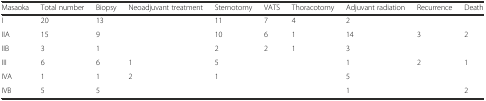
| Masaoka | Total number | Biopsy | Neoadjuvant treatment | Sternotomy | VATS | Thoracotomy | Adjuvant radiation | Recurrence | Death |
 | --- | --- | --- | --- | --- | --- | --- | --- | --- | --- |
 | I | 20 | 13 |  | 11 | 7 | 4 | 2 |  |  |
 | IIA | 15 | 9 |  | 10 | 6 | 1 | 14 | 3 | 2 |
 | IIB | 3 | 1 |  | 2 | 2 | 1 | 3 |  |  |
 | III | 6 | 6 | 1 | 5 |  |  | 1 | 2 | 1 |
 | IVA | 1 | 1 | 2 | 1 |  |  | 5 |  |  |
 | IVB | 5 | 5 |  |  |  |  | 1 |  | 2 |